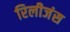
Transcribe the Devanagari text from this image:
रिलीजंस